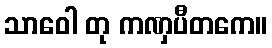
သာဝေါ တု ကဏှပီတကေ။